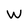
Character: W